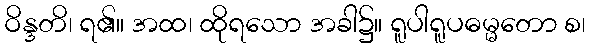
ဝိန္ဒတိ၊ ရ၏။ အထ၊ ထိုရသော အခါ၌။ ရူပါရူပဓမ္မတော စ၊